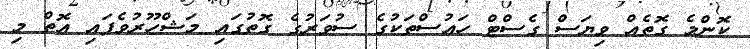
ކޮންމެ ގޮތެއް ވިޔަސް ގެސްޓް ހައުސްތަކުގެ ސުވަރުގެ ގޮތުގައި މަޝްހޫރުވެފައި އޮތް މި